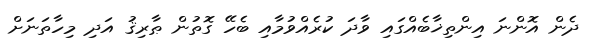
ދެން އޮންނަ އިންތިޚާބެއްގައި ވާދަ ކުރެއްވުމާއި ބެހޭ ގޮތުން ޠާރިޤު އަދި މިހާތަނަށް